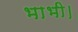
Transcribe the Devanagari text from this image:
भाभी।